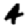
Digit: 4